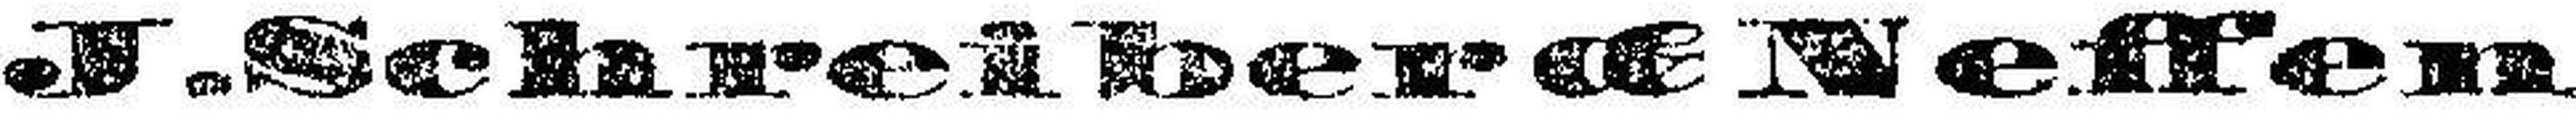
J. Schreiber & Neffen